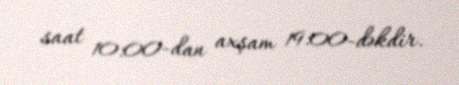
saat 10:00-dan axşam 19:00-dəkdir.